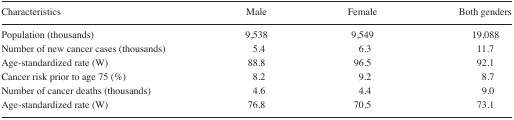
<table><thead><tr><td><b>Characteristics</b></td><td><b>Male</b></td><td><b>Female</b></td><td><b>Both genders</b></td></tr></thead><tbody><tr><td>Population (thousands)</td><td>9,538</td><td>9,549</td><td>19,088</td></tr><tr><td>Number of new cancer cases (thousands)</td><td>5.4</td><td>6.3</td><td>11.7</td></tr><tr><td>Age-standardized rate (W)</td><td>88.8</td><td>96.5</td><td>92.1</td></tr><tr><td>Cancer risk prior to age 75 (%)</td><td>8.2</td><td>9.2</td><td>8.7</td></tr><tr><td>Number of cancer deaths (thousands)</td><td>4.6</td><td>4.4</td><td>9.0</td></tr><tr><td>Age-standardized rate (W)</td><td>76.8</td><td>70.5</td><td>73.1</td></tr></tbody></table>